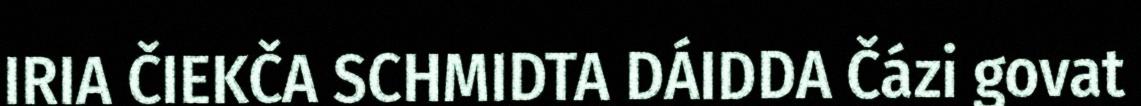
IRIA ČIEKČA SCHMIDTA DÁIDDA Čázi govat